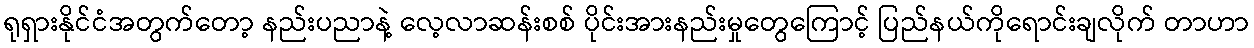
ရုရှားနိုင်ငံအတွက်တော့ နည်းပညာနဲ့ လေ့လာဆန်းစစ် ပိုင်းအားနည်းမှုတွေကြောင့် ပြည်နယ်ကိုရောင်းချလိုက် တာဟာ